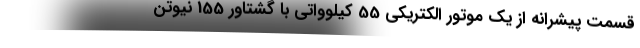
قسمت پیشرانه از یک موتور الکتریکی 55 کیلوواتی با گشتاور 155 نیوتن